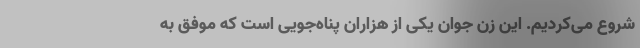
شروع می‌کردیم. این زن جوان یکی از هزاران پناه‌جویی است که موفق به